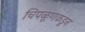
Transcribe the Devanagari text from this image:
चिपळूणकडून